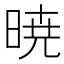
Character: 暁